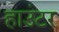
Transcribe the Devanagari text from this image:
हाउंटर